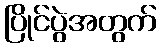
ပြိုင်ပွဲအတွက်